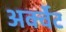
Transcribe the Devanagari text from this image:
अर्क्वेट